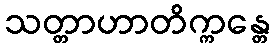
သတ္တာဟာတိက္ကန္တေ